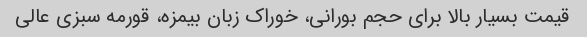
قیمت بسیار بالا برای حجم بورانی، خوراک زبان بیمزه، قورمه سبزی عالی